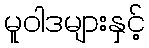
မူဝါဒများနှင့်